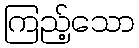
ကြည့်သော